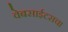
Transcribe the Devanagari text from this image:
वेबसाईटसचा